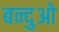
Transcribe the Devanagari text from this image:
बन्दुओ